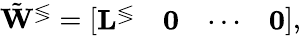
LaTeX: \begin{array}{r}{\tilde{\mathbf{W}}^{\lessgtr}=\left[\begin{array}{llll}{\mathbf{L}^{\lessgtr}}&{\mathbf{0}}&{\cdots}&{\mathbf{0}}\end{array}\right],}\end{array}